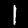
Label: 1